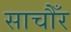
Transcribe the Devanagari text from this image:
साचौँर